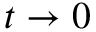
t \rightarrow 0